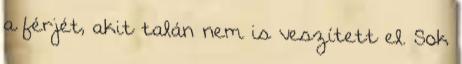
a férjét, akit talán nem is veszített el. Sok